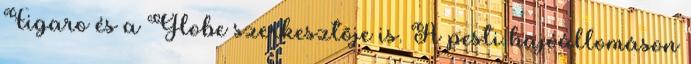
Figaro és a Globe szerkesztõje is. A pesti hajóállomáson